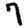
Digit: 7